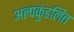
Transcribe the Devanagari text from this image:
अल्पकुंडलित